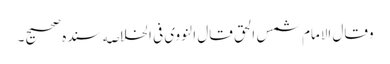
وقال الامام شمس الحق قال النووی فی الخلاصه سنده صحیح۔